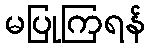
မပြုကြရန်